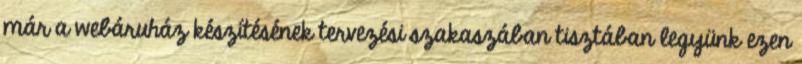
már a webáruház készítésének tervezési szakaszában tisztában legyünk ezen